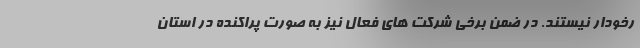
رخودار نیستند. در ضمن برخی شرکت های فعال نیز به صورت پراکنده در استان